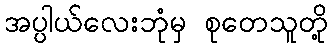
အပ္ပါယ်လေးဘုံမှ စုတေသူတို့